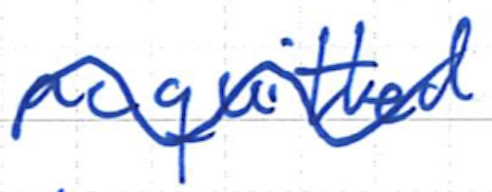
Text: acquitted
Cross-out: wave
Writing tool: ballpoint